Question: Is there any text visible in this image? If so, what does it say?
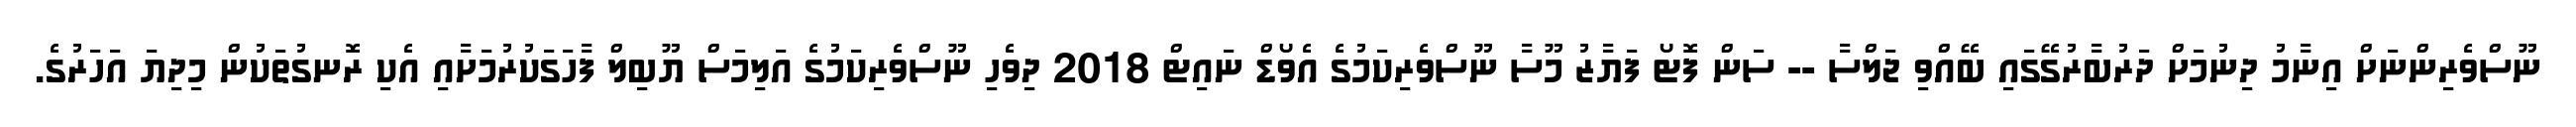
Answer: ނޫސްވެރިންނަށް އިނާމު ދިނުމަށް ދަރުބާރުގޭގައި ބޭއްވި ޖަލްސާ -- ސަން ފޮޓޯ ފަޔާޒު މޫސާ ނޫސްވެރިކަމުގެ އެވޯޑް ނައިޓް 2018 ދިވެހި ނޫސްވެރިކަމުގެ އަލިމަސް ޔޫބިލް ފާހަގަކުރުމަށާއި އެކި ރޮނގުތަކުން މިދިޔަ އަހަރުގެ.